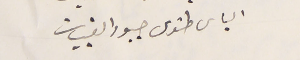
الياس طنوس جبور القبيات